Report on sanitation, dispensaries, and jails in Rajputana for 1911, and on vaccination for the year 1911-1912 - 1911-1912
Year: 1911
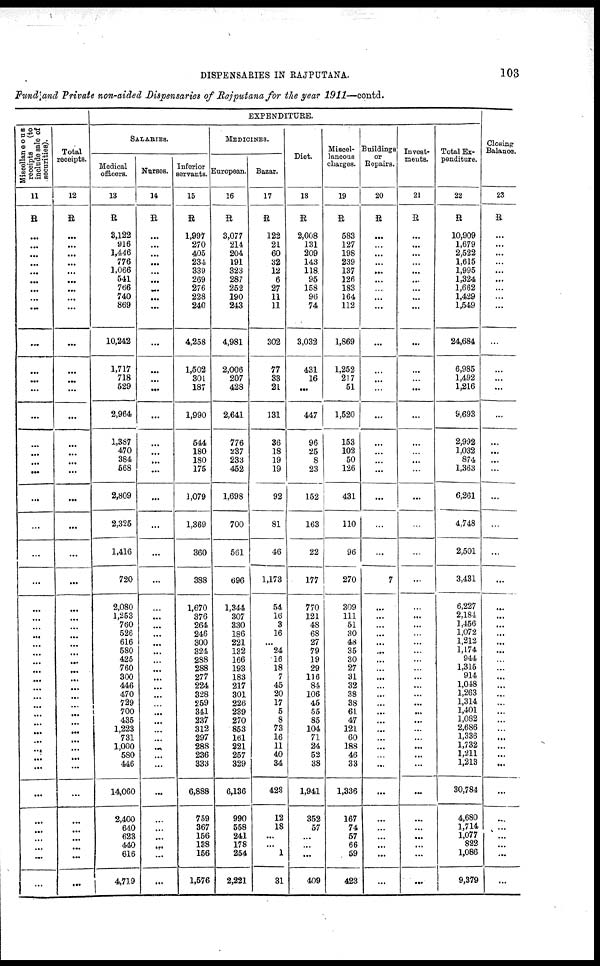
DISPENSARIES IN RAJPUTANA.
103
Fund and Private non-aided Dispensaries of Rajputana for the year 1911—contd.
Miscellaneous
receipts
(to
include sale of
securities).
11
R
...
...
...
...
...
...
...
...
...
...
...
...
...
...
...
...
...
...
...
...
...
...
...
...
...
...
...
...
...
...
...
...
...
...
...
...
...
...
...
...
...
...
...
...
...
...
...
...
Total
receipts.
12
R
...
...
...
...
...
...
...
...
...
...
...
...
...
...
...
...
...
...
...
...
...
...
...
...
...
...
...
...
...
...
...
...
...
...
...
...
...
...
...
...
...
...
...
...
...
...
...
...
EXPENDITURE.
SALARIES.
Medical
officers.
13
R
3,122
916
1,446
776
1,066
541
766
740
869
10,242
1,717
718
529
2,964
1,387
470
384
568
2,809
2,325
1,416
720
2,080
1,253
760
526
616
580
425
760
300
446
470
729
700
435
1,223
731
1,000
580
446
14,060
2,400
640
623
440
616
4,719
Nurses.
14
R
...
...
...
...
...
...
...
...
...
...
...
...
...
...
...
...
...
...
...
...
...
...
...
...
...
...
...
...
...
...
...
...
...
...
...
...
...
...
...
...
...
...
...
...
...
...
...
...
Inferior
servants.
15
R
1,997
270
405
234
339
269
276
228
240
4,258
1,502
301
187
1,990
544
180
180
175
1,079
1,369
360
388
1,670
376
264
246
300
324
288
288
277
224
328
259
341
237
312
297
288
236
333
6,888
759
367
156
138
156
1,576
MEDICINES.
European.
16
R
3,077
214
204
191
323
287
252
190
243
4,981
2,006
207
428
2,641
776
237
233
452
1,698
700
561
696
1,344
307
330
186
221
132
166
193
183
217
301
226
239
270
853
161
221
257
329
6,136
990
558
241
178
254
2,221
Bazar.
17
R
122
21
60
32
12
6
27
11
11
302
77
33
21
131
36
18
19
19
92
81
46
1,173
54
16
3
16
...
24
16
18
7
45
20
17
5
8
73
16
11
40
34
423
12
18
...
...
1
31
Diet.
18
R
2,008
131
209
143
118
95
158
96
74
3,032
431
16
...
447
96
25
8
23
152
163
22
177
770
121
48
68
27
79
19
29
116
84
106
45
55
85
104
71
24
52
38
1,941
352
57
...
...
...
409
Miscel-
laneous
charges.
19
R
583
127
198
239
137
126
183
164
112
1,869
1,252
217
51
1,520
153
102
50
126
431
110
96
270
309
111
51
30
48
35
30
27
31
32
38
38
61
47
121
60
188
46
33
1,336
167
74
57
66
59
423
Buildings
or
Repairs.
20
R
...
...
...
...
...
...
...
...
...
...
...
...
...
...
...
...
...
...
...
...
...
7
...
...
...
...
...
...
...
...
...
...
...
...
...
...
...
...
...
...
...
...
...
...
...
...
...
...
Invest-
ments.
21
R
...
...
...
...
...
...
...
...
...
...
...
...
...
...
...
...
...
...
...
...
...
...
...
...
...
...
...
...
...
...
...
...
...
...
...
...
...
...
...
...
...
...
...
...
...
...
...
...
Total Ex-
penditure.
22
R
10,909
1,679
2,522
1,615
1,995
1,324
1,662
1,429
1,549
24,684
6,985
1,492
1,216
9,693
2,992
1,032
874
1,363
6,261
4,748
2,501
3,431
6,227
2,184
1,456
1,072
1,212
1,174
944
1,315
914
1,048
1,263
1,314
1,401
1,082
2,686
1,336
1,732
1,211
1,213
30,784
4,680
1,714
1,077
822
1,086
9,379
Closing
Balance.
23
R
...
...
...
...
...
...
...
...
...
...
...
...
...
...
...
...
...
...
...
...
...
...
...
...
...
...
...
...
...
...
...
...
...
...
...
...
...
...
...
...
...
...
...
...
...
...
...
...